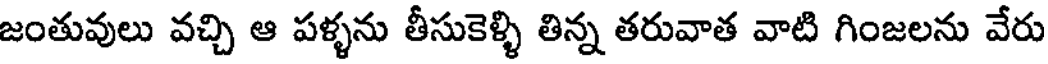
జంతువులు వచ్చి ఆ పళ్ళను తీసుకెళ్ళి తిన్న తరువాత వాటి గింజలను వేరు